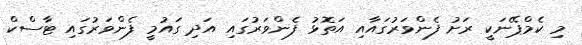
މި ކެމްޕޭނަކީ ރަށު ފެންވަރުގައާއި އަތޮޅު ފެންވަރުގައި އަދި ގައުމީ ފެންވަރުގައި ޓާސްކް